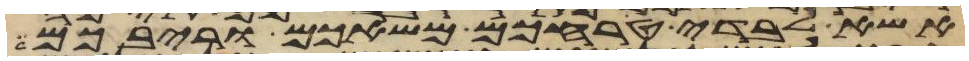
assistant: אשא לבדי טרחכם משאכם וריבכם